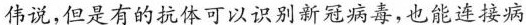
伟说，但是有的抗体可以识别新冠病毒，也能连接病